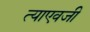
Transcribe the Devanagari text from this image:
त्याएवजी